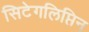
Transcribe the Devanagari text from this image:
सिटेगलिप्तिन